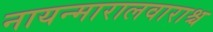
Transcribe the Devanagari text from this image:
नायन्मारालवाराश्च